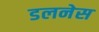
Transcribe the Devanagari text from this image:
डलनेस